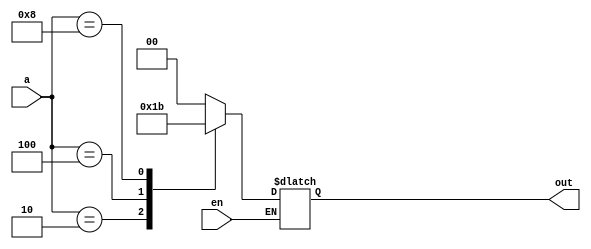
`timescale 1ns / 1ps
//////////////////////////////////////////////////////////////////////////////////
// Company: 
// Engineer: 
// 
// Design Name: 
// Module Name: encoder_4_2
// Project Name: 
// Target Devices: 
// Tool Versions: 
// Description: 
// 
// Dependencies: 
// 
// Revision:
// Revision 0.01 - File Created
// Additional Comments:
// 
//////////////////////////////////////////////////////////////////////////////////


module encoder_4_2(input wire [3:0] a, input wire en, output reg [1:0] out);
    always @(*) begin     
    if(en) begin
        out = 2'd0;
           case(a)
              4'b0001 : out = 2'd0;
              4'b0010 : out = 2'd1;
              4'b0100 : out = 2'd2;
              4'b1000 : out = 2'd3;
              default : out = 2'd0;
           endcase
     end
  end
endmodule